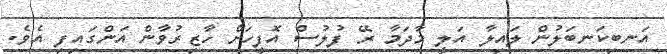
އަނބިކަނބަލުން ލައިލާ އަލީ މާދަމާ ރޭ ފުލުސް އޮފީހަށް ހާޒިރުވާން އަންގައިފި އެވެ.